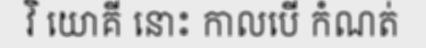
វិ យោគី នោះ កាលបើ កំណត់